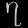
Digit: ၇